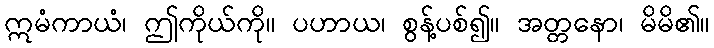
ဣမံကာယံ၊ ဤကိုယ်ကို။ ပဟာယ၊ စွန့်ပစ်၍။ အတ္တနော၊ မိမိ၏။